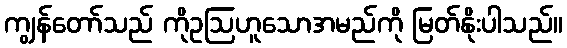
ကျွန်တော်သည် ကိုဥဩဟူသောအမည်ကို မြတ်နိုးပါသည်။